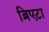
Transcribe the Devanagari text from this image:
ब्रिएटा